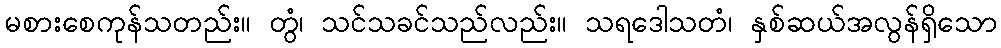
မစားစေကုန်သတည်း။ တွံ၊ သင်သခင်သည်လည်း။ သရဒေါသတံ၊ နှစ်ဆယ်အလွန်ရှိသော